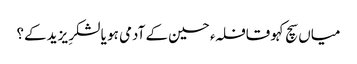
میاں سچ کہو قافلہء حسین کے آدمی ہو یا لشکرِ یزید کے؟